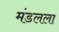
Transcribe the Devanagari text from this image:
मंडलला